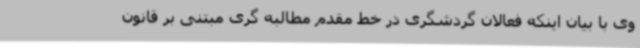
وی با بیان اینکه فعالان گردشگری در خط مقدم مطالبه گری مبتنی بر قانون